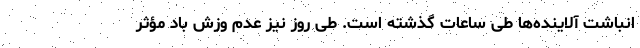
انباشت آلاینده‌ها طی ساعات گذشته است. طی روز نیز عدم وزش باد مؤثر